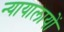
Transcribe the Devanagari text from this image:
न्यायालायों